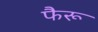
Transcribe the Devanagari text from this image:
फैरू